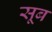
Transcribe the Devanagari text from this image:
सूब